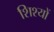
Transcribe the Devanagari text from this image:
शिश्यों